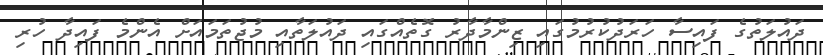
ދައުލަތުގެ ފައިސާ ހަރަދުކުރުމުގައި ޒިންމާދާރު ގޮތެއްގައި ދައުލަތާއި މުޖުތަަމައަށް އެންމެ ފައިދާ ހުރި